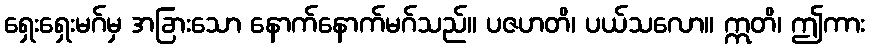
ရှေးရှေးမဂ်မှ အခြားသော နောက်နောက်မဂ်သည်။ ပဇဟတိ၊ ပယ်သလော။ ဣတိ၊ ဤကား